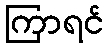
ကြာရင်